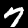
Digit: 7